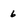
Character: 6